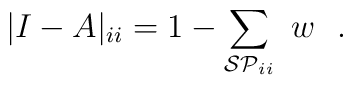
|I-A|_{ii} =  1-\sum_{{\cal SP}_{ii}} \ w  \ \ .